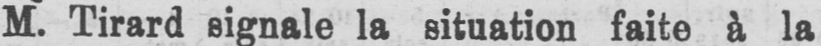
M. Tirard signale la situation faite à la